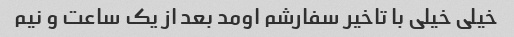
خیلی خیلی با تاخیر سفارشم اومد بعد از یک ساعت و نیم